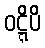
ဝဋ္ဋိပိ